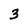
Character: 3